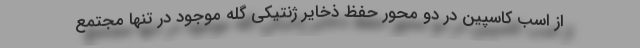
از اسب کاسپین در دو محور حفظ ذخایر ژنتیکی گله موجود در تنها مجتمع